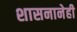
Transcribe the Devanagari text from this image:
शासनानेही